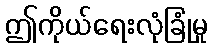
ဤကိုယ်ရေးလုံခြုံမှု